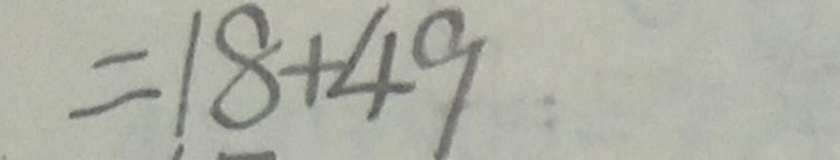
= 1 8 + 4 9